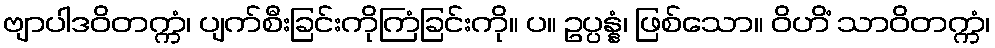
ဗျာပါဒဝိတက္ကံ၊ ပျက်စီးခြင်းကိုကြံခြင်းကို။ ပ။ ဥပ္ပန္နံ၊ ဖြစ်သော။ ဝိဟိံ သာဝိတက္ကံ၊